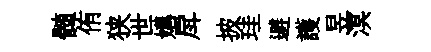
髄侑狭世媾戽披珪避護昱溟